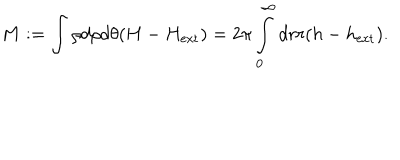
M : = \int \rho d \rho d \theta ( H - H _ { \mathrm { e x t } } ) = 2 \pi \int _ { 0 } ^ { \infty } d r r ( h - h _ { \mathrm { e x t } } ) .